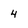
Character: 4